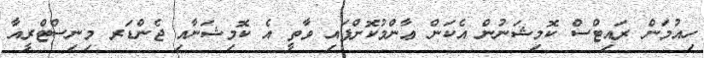
ހިއުމަން ރައިޓްސް ކޮމިޝަނުން އެކަން ޢާންމުކޮށްފައި ވާތީ އެ ކޮމިޝަނާއި ޖެންޑަރ މިނިސްޓްރީއާ